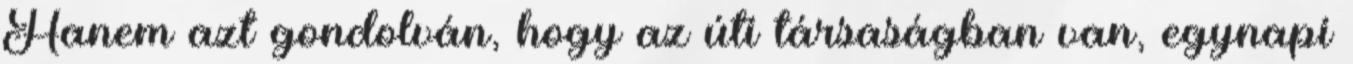
Hanem azt gondolván, hogy az úti társaságban van, egynapi